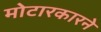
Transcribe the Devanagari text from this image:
मोटारकारने